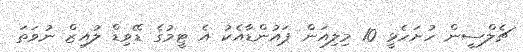
ޗެލްސީން ހުށަހެޅީ 10 މިލިއަން ޕައުންޑާއެކު އެ ޓީމުގެ ޑޭވިޑް ލުއިޒް ނުވަތަ